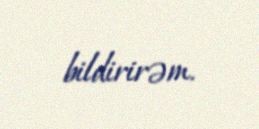
bildirirəm.